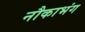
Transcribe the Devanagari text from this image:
नौकाभंग